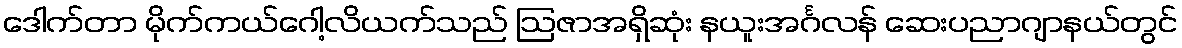
ဒေါက်တာ မိုက်ကယ်ဂေါ့လိယက်သည် ဩဇာအရှိဆုံး နယူးအင်္ဂလန် ဆေးပညာဂျာနယ်တွင်